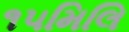
૧૫મિલિ